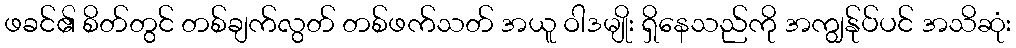
ဖခင်၏ စိတ်တွင် တစ်ချက်လွတ် တစ်ဖက်သတ် အယူ ဝါဒမျိုး ရှိနေသည်ကို အကျွန်ုပ်ပင် အသိဆုံး